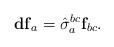
LaTeX: \begin{align*}\mathbf{df}_{a}=\hat{\sigma}_{a}^{bc}\mathbf{f}_{bc}. \end{align*}